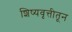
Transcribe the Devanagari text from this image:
शिष्यवृत्तीतून